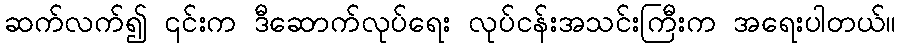
ဆက်လက်၍ ၎င်းက ဒီဆောက်လုပ်ရေး လုပ်ငန်းအသင်းကြီးက အရေးပါတယ်။